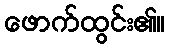
ဖောက်ထွင်း၏။